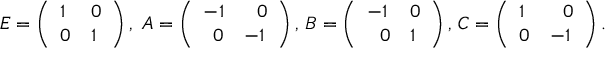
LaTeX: E = \left( \begin{array} { l l } { { 1 } } & { { 0 } } \\ { { 0 } } & { { 1 } } \end{array} \right) , \, \, A = \left( \begin{array} { l l } { { - 1 } } & { { \, \, \, \, 0 } } \\ { { \, \, \, 0 } } & { { - 1 } } \end{array} \right) , \, B = \left( \begin{array} { l l } { { - 1 } } & { { 0 } } \\ { { \, \, \, \, 0 } } & { { 1 } } \end{array} \right) , \, C = \left( \begin{array} { l l } { { 1 } } & { { \, \, \, \, 0 } } \\ { { 0 } } & { { - 1 } } \end{array} \right) .